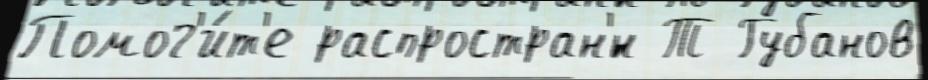
Помог'и́т'е распростран'́н Т Губанов